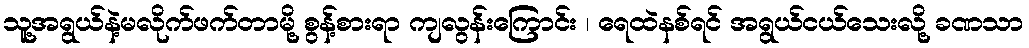
သူ့အရွယ်နဲ့မလိုက်ဖက်တာမို့ စွန့်စားရာ ကျလွန်းကြောင်း ၊ ရေထဲနစ်ရင် အရွယ်ငယ်သေးလို့ ခဏသာ